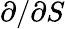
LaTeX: \partial/\partial S